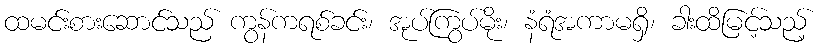
ထမင်းစားဆောင်သည် ကွန်ကရစ်ခင်း၊ အုပ်ကြွပ်မိုး၊ နံရံအကာမရှိ၊ ခါးထိမြင့်သည့်